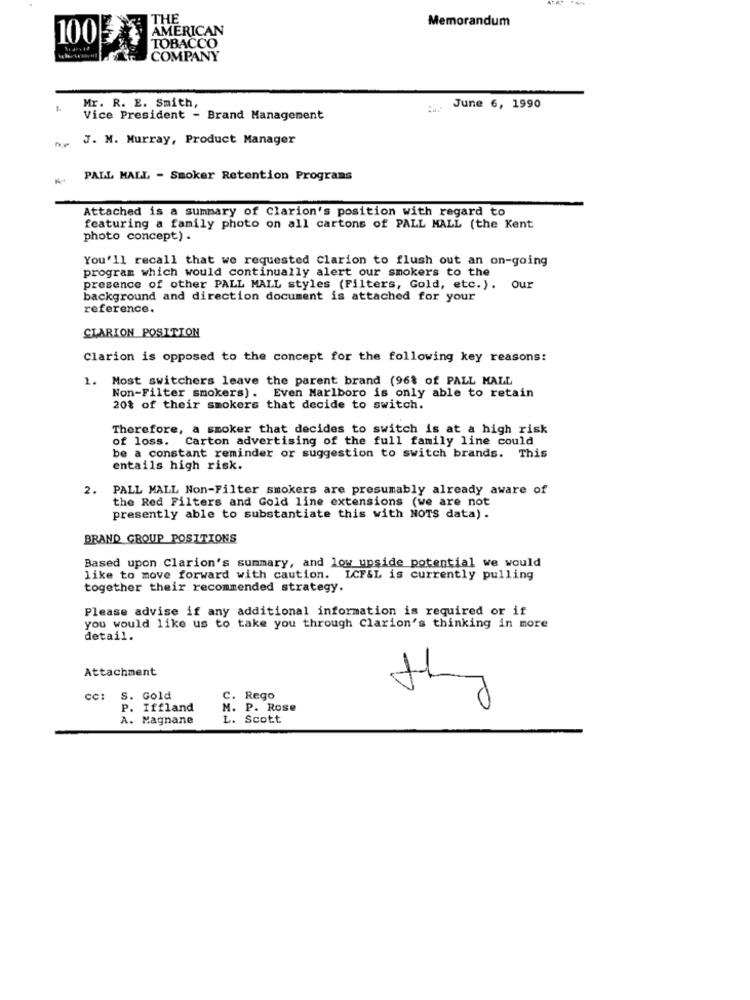
THE
Memorandum
AMERICAN
100
TOBACCO
COMPANY
Mr. R. E. Smith,
June 6, 1990
Vice President - Brand Management
J. M. Murray, Product Manager
PALL MALL - Smoker Retention Programs
Attached is a summary of Clarion's position with regard to
featuring a family photo on all cartons of PALL MALL (the Kent
photo concept) .
You'll recall that we requested Clarion to flush out an on-going
program which would continually alert our smokers to the
presence of other PALL MALL styles (Filters, Gold, etc.). our
background and direction document is attached for your
reference.
CLARION POSITION
Clarion is opposed to the concept for the following key reasons:
1. Most switchers leave the parent brand (96% of PALL MALL
Non-Filter smokers) . Even Marlboro is only able to retain
20% of their smokers that decide to switch.
Therefore, a smoker that decides to switch is at a high risk
of loss. Carton advertising of the full family line could
be a constant reminder or suggestion to switch brands. This
entails high risk.
2. PALL MALL Non-Filter smokers are presumably already aware of
the Red Filters and Gold line extensions (we are not
presently able to substantiate this with NOTS data) .
BRAND GROUP POSITIONS
Based upon Clarion's summary, and low upside potential we would
like to move forward with caution. ICFSL is currently pulling
together their recommended strategy.
Please advise if any additional information is required or if
you would like us to take you through Clarion's thinking in more
detail.
Attachment
cc: S. Gold
C. Rego
P. Iffland
M. P. Rose
they
A. Magnane
L. Scott